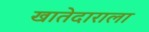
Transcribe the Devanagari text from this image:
खातेदाराला